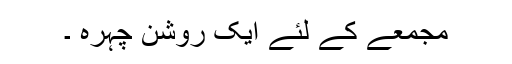
مجمعے کے لئے ایک روشن چہرہ ۔